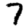
Digit: 7